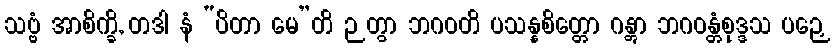
သဗ္ဗံ အာစိက္ခိ, တဒါ နံ “ပိတာ မေ”တိ ဉတွာ ဘဂဝတိ ပသန္နစိတ္တော ဂန္တွာ ဘဂဝန္တံစုဒ္ဒသ ပဉှေ